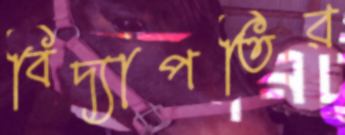
বিদ্যাপতির